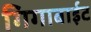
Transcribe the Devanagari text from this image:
गिगाबाईट